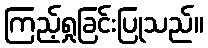
ကြည့်ရှုခြင်းပြုသည်။